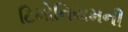
ટિમોનિયમની